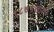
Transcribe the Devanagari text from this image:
१८७९साली